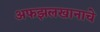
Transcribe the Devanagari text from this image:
अफझलखानाचे